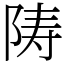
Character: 陦